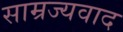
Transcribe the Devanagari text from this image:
साम्रज्यवाद